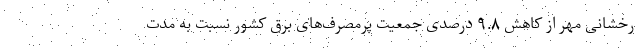
رخشانی مهر از کاهش ۹.۸ درصدی جمعیت پرمصرف‌های برق کشور نسبت به مدت